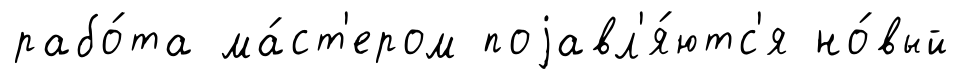
рабо́та ма́ст'ером поjавл'я́ютс'я но́вый